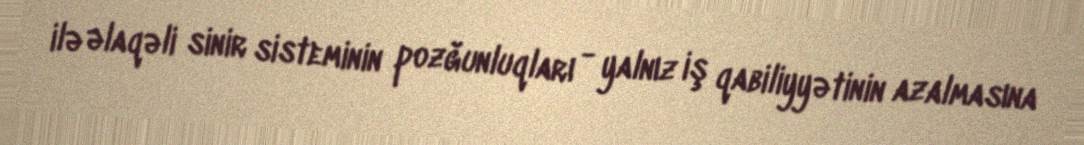
ilə əlaqəli sinir sisteminin pozğunluqları - yalnız iş qabiliyyətinin azalmasına